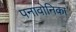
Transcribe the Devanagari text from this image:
पनावोनिका